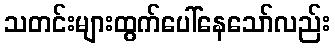
သတင်းများထွက်ပေါ်နေသော်လည်း